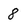
Character: 8